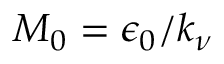
M _ { 0 } = \epsilon _ { 0 } / k _ { \nu }